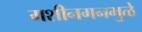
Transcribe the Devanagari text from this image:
मशीनगनमुळे